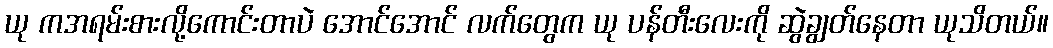
ယု ကအရမ်းစားလို့ကောင်းတာပဲ အောင်အောင် လက်တွေက ယု ပန်တီးလေးကို ဆွဲချွတ်နေတာ ယုသိတယ်။